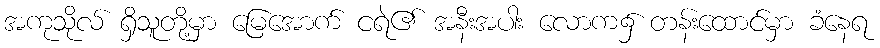
အကုသိုလ် ရှိသူတို့မှာ မြေအောက် ငရဲ၏ အနီးအပါး လောက၌ တန်းထောင်မှာ ခံနေရ